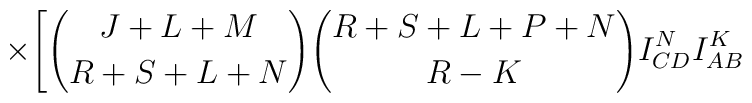
\times\Biggl[{{J+L+M} \choose {R+S+L+N}}{{R+S+L+P+N}\choose {R-K}}I^N_{CD}I^K_{AB}